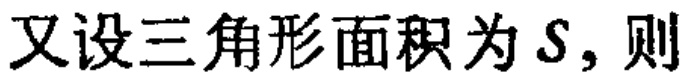
又设三角形面积为\(S\)，则